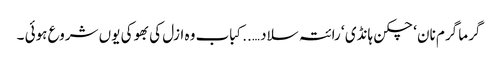
گرما گرم نان ‘ چکن ہانڈی ‘ رائتہ سلاد …..کباب وہ ازل کی بھوکی یوں شروع ہوئی ۔